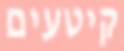
קיטעים